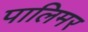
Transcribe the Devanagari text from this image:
पालिमर